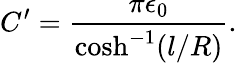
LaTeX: C^{\prime}=\frac{\pi\epsilon_{0}}{\cosh^{-1}({l}/{R})}.